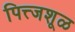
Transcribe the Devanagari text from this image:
पित्त्जशूळ